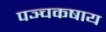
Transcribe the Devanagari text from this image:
पञ्चकषाय